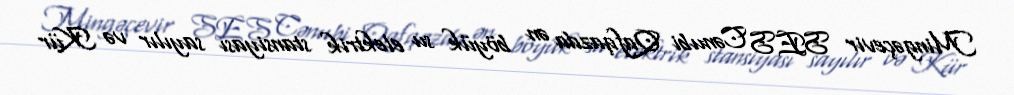
Mingəçevir SES Cənubi Qafqazda ən böyük su elektrik stansiyası sayılır və Kür